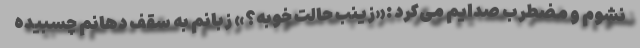
نشوم و مضطرب صدایم می‌کرد :«زینب حالت خوبه؟» زبانم به سقف دهانم چسبیده